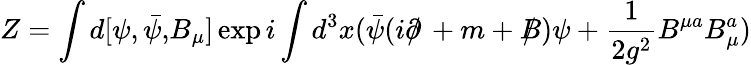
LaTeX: Z=\int d[\psi,\bar{\psi,}B_{\mu}]\exp i\int d^{3}x(\bar{\psi}(i\partial\! \! \! /\, +m+B\! \! \! \! /\, )\psi+\frac{1}{2g^{2}}B^{\mu a}B_{\mu}^{a})